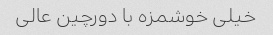
خیلی خوشمزه با دورچین عالی